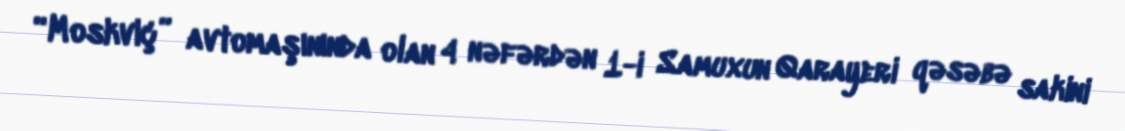
“Moskviç” avtomaşınında olan 4 nəfərdən 1-i Samuxun Qarayeri qəsəbə sakini